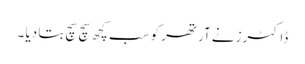
ڈاکٹرز نے آرتھر کو سب کچھ سچ سچ بتا دیا ۔